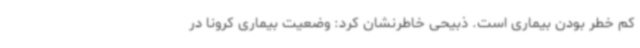
کم خطر بودن بیماری است. ذبیحی خاطرنشان کرد: وضعیت بیماری کرونا در